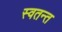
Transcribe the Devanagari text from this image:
स्वतन्त